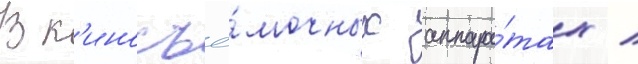
В к'иносъё́мочных аппара́тах /